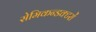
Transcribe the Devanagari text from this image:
सेमिकन्डक्टरों